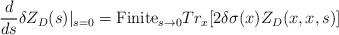
LaTeX: \begin{align*}{d\over {ds}}\delta Z_{D}(s)|_{s=0} =\hbox{Finite}_{s\to 0}Tr_x [2\delta\sigma(x) Z_D(x,x,s)]\end{align*}